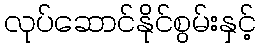
လုပ်ဆောင်နိုင်စွမ်းနှင့်